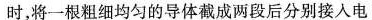
时，将一根粗细均匀的导体截成两段后分别接入电